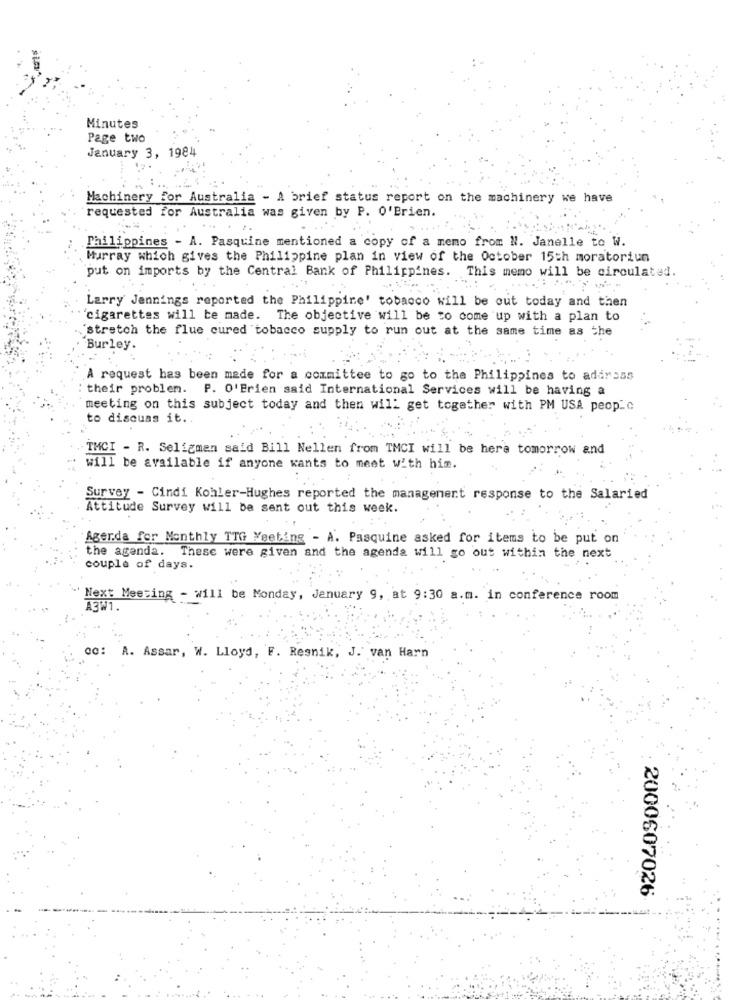
Minutes
Page two
January 3, 1984
Machinery for Australia - A brief status report on the machinery we have
requested for Australia was given by P. O'Brien.
Philippines - A. Pasquine mentioned a copy of a memo from N. Janelle to W.
Murray which gives the Philippine plan in view of the October 15th moratoriun
put on imports by the Central Bank of Philippines. This memo will be circulated.
Larry Jennings reported the Philippine' tobacco will be out today and then
"cigarettes will be made. The objective will be to come up with a plan to
"stretch the flue cured tobacco supply to run out at the same time as the
Burley.
A request has been made for a committee to go to the Philippines to address
: their problem. P. O'Brien said International Services will be having a
meeting on this subject today and then will get together with PM USA people
to discuss it ..
TMCI - R. Seligman said Bill Nellen from TMCI will be here tomorrow and
will be available if anyone wants to meet with him.
Survey - Cindi Kohler-Hughes reported the management response to the Salaried
Attitude Survey will be sent out this week.
Agenda for Monthly TTG Meeting - A. Pasquine asked for items to be put on
the agenda.
These were given and the agenda will go out within the next
couple of days.
Next Meeting - will be Monday, January 9, at 9:30 a.m. in conference room
CC: A. Assar, W. Lloyd, F. Resnik, J. van Harn
2000607026